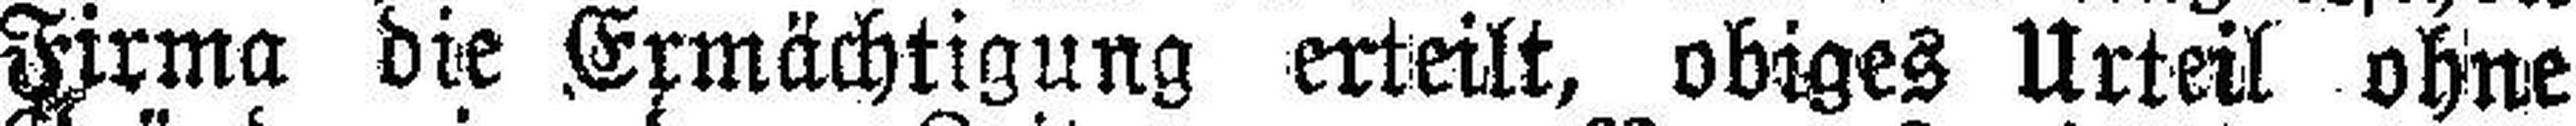
Firma die Ermächtigung erteilt, obiges Urteil ohne